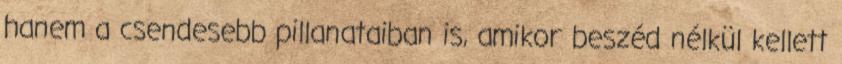
hanem a csendesebb pillanataiban is, amikor beszéd nélkül kellett